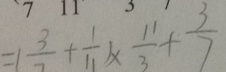
= ( \frac { 3 } { 7 } + \frac { 1 } { 1 1 } ) \times \frac { 1 1 } { 3 } + \frac { 3 } { 7 }